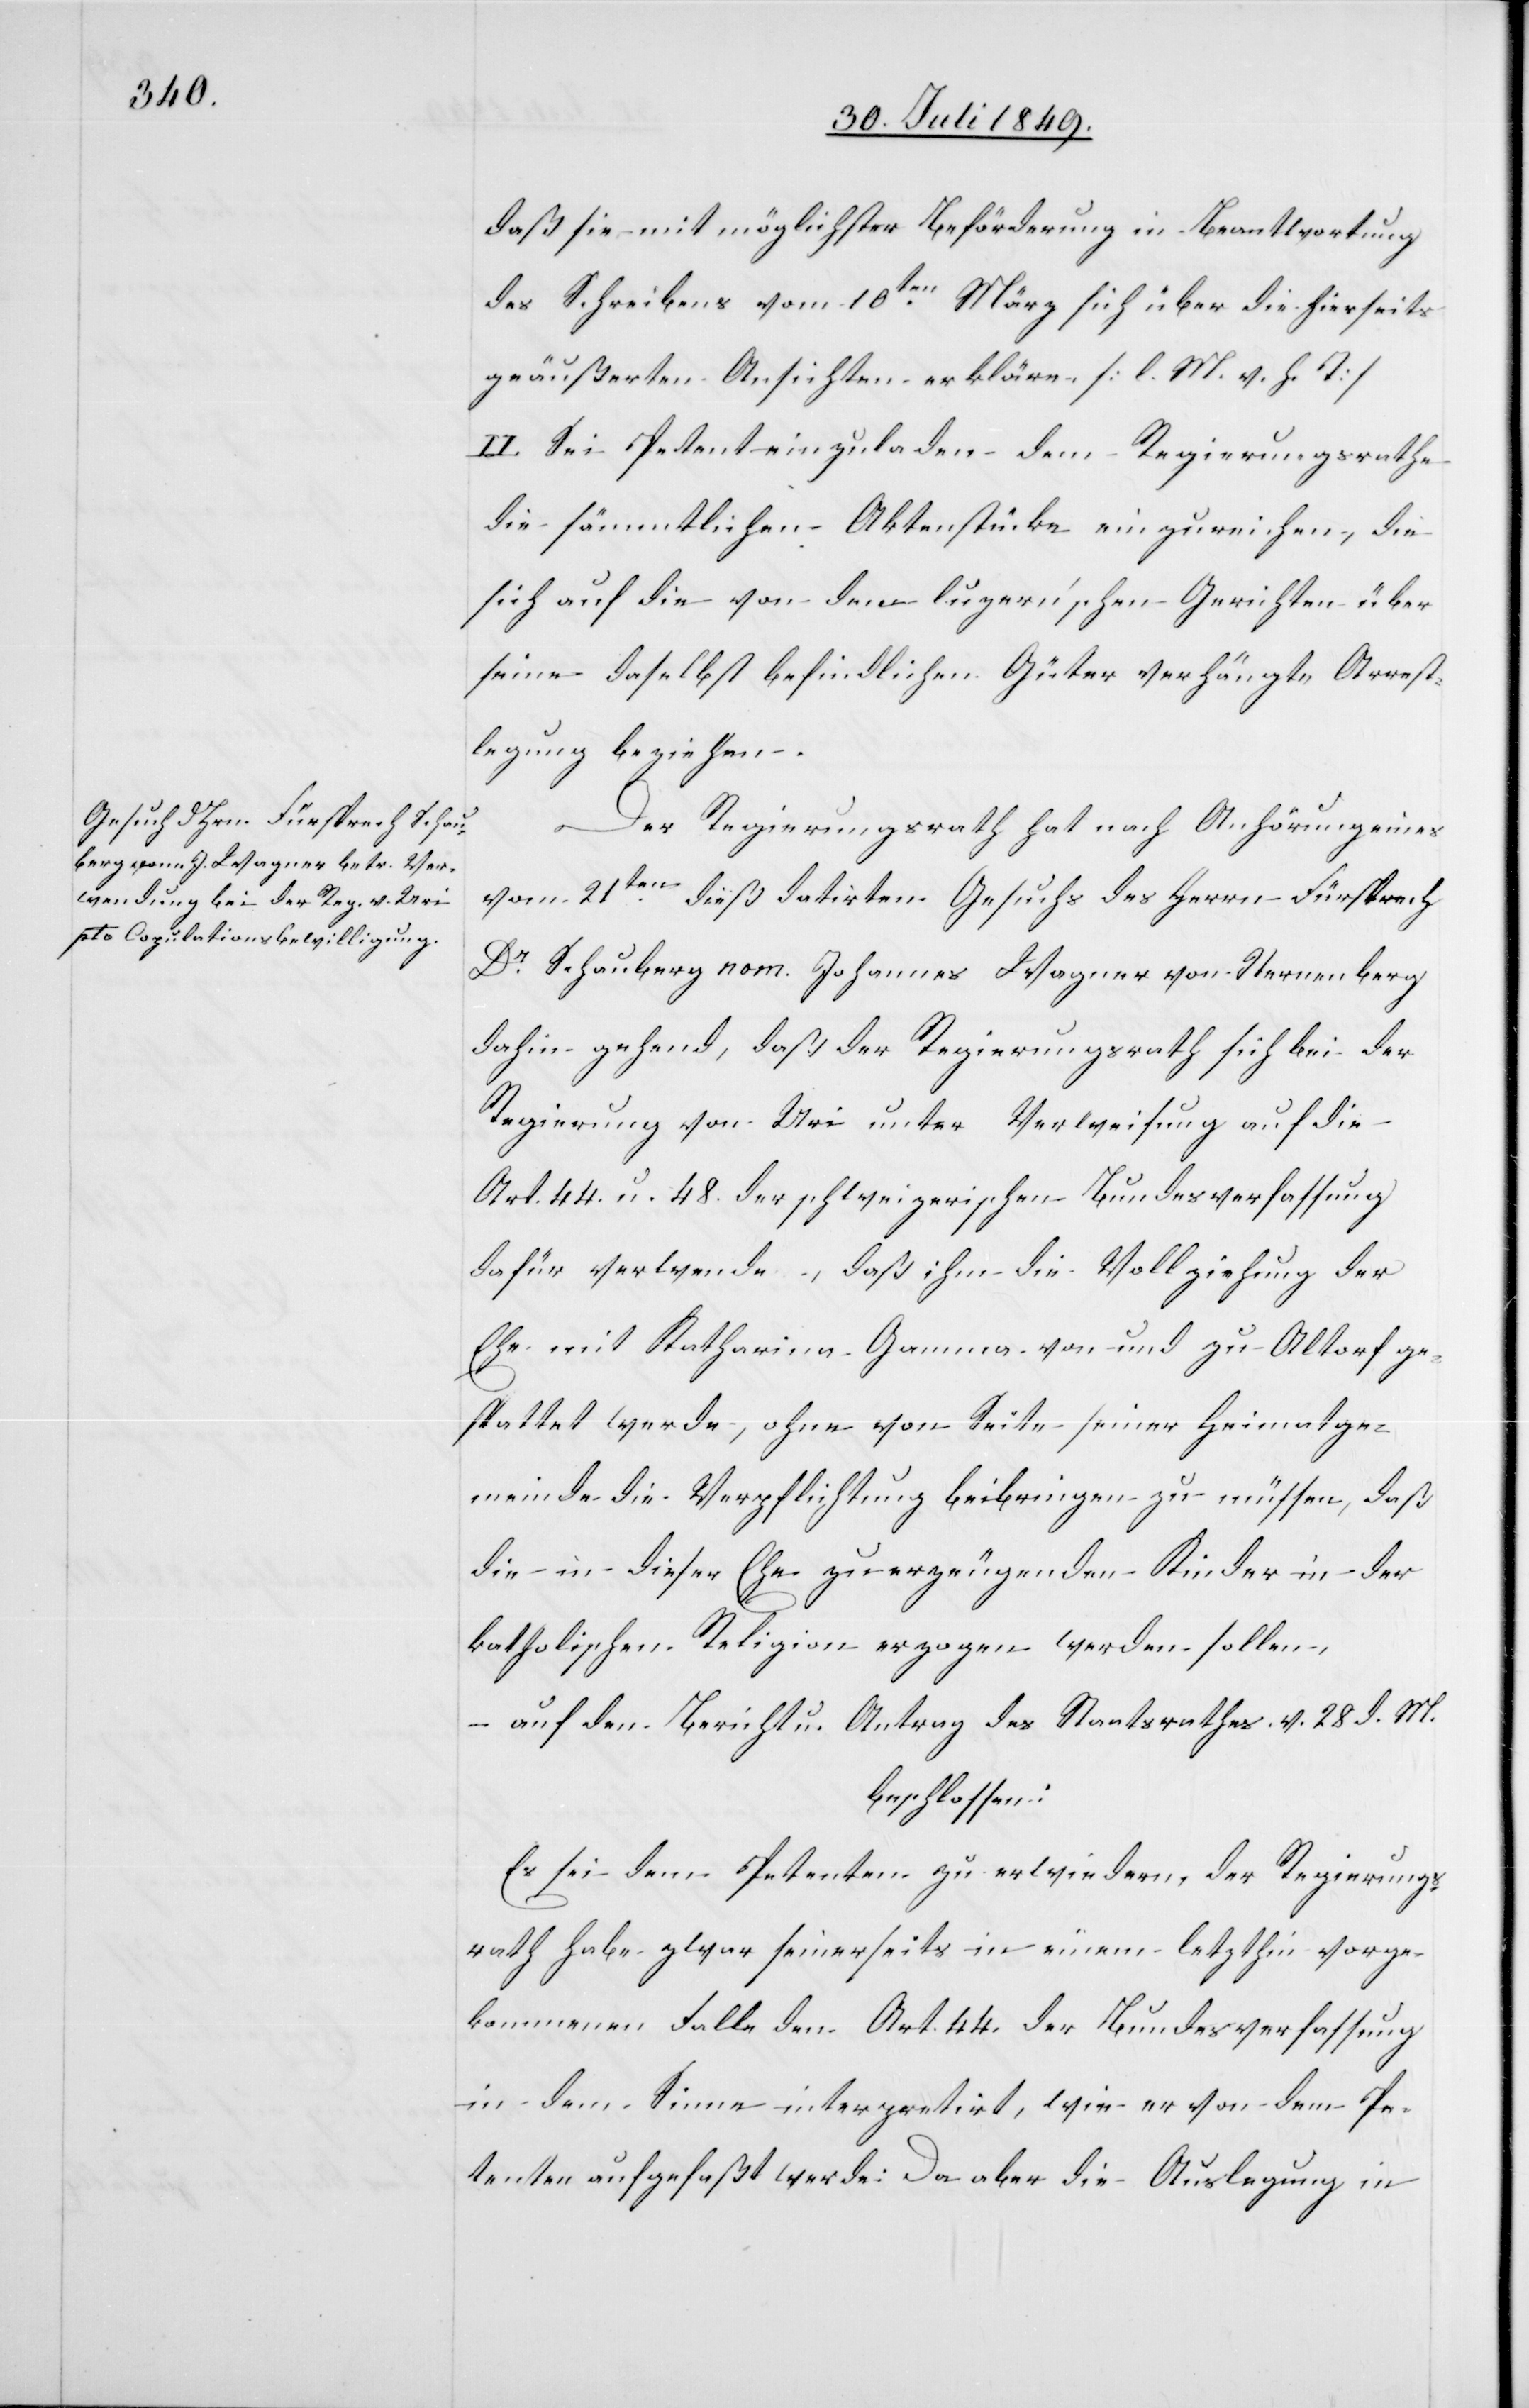
daß sie mit möglichster Beförderung in Beantwortung
des Schreibens vom 10ten März sich über die hierseits
geäußerten Ansichten erkläre. [l. M. v. h. T]
II. Sei Petent einzuladen dem Regierungsrathe
die sämmtlichen Aktenstücke einzureichen, die
sich auf die von dem luzern’schen Gerichten über
seine daselbst befindlichen Güter verhängte Arrest¬
legung beziehen.
Der Regierungsrath hat nach Anhörung eines
vom 21ten dieß datirten Gesuchs des Herrn Fürsprech
Dr Schauberg nom. Johannes Wagner von Iternenberg
dahin gehend, daß der Regierungsrath sich bei der
Regierung von Uri unter Verweisung auf die
Art. 44. u. 48. der schweizerischen Bundesverfassung
dafür verwende, daß ihm die Vollziehung der
Ehe mit Katharina Gamma von und zu Altorf ge¬
stattet werde, ohne von Seite seiner Heimatge¬
meinde die Verpflichtung beibringen zu müssen, daß
die in dieser Ehe zu erzeugenden Kinder in der
katholischen Religion erzogen werden sollen,
– auf den Bericht u. Antrag des Staatsrathes v. 28. d. M.
beschlossen:
Es sei dem Petenten zu erwiedern, der Regierungs¬
rath habe zwar seinerseits in einem letzthin vorge¬
kommenen Falle den Art. 44. der Bundesverfassung
in dem Sinne interpretirt, wie er von dem Pe¬
tenten aufgefaßt werde: Da aber die Auslegung in